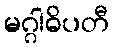
မဂ္ဂါဓိပတီ